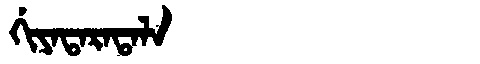
Manchu: ᡤᡳᠶᠠᡨᠠᡵᠠᡨᠠᠯᠠ
Romanization: GIYATARATALA